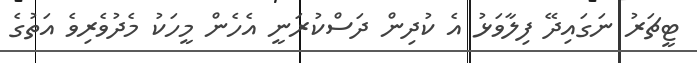
ޓީޗަރު ނަގައިދޭ ފިލާވަޅު އެ ކުދިން ދަސްކުރަނީ އެހެން މީހަކު މެދުވެރިވެ އަތުގެ